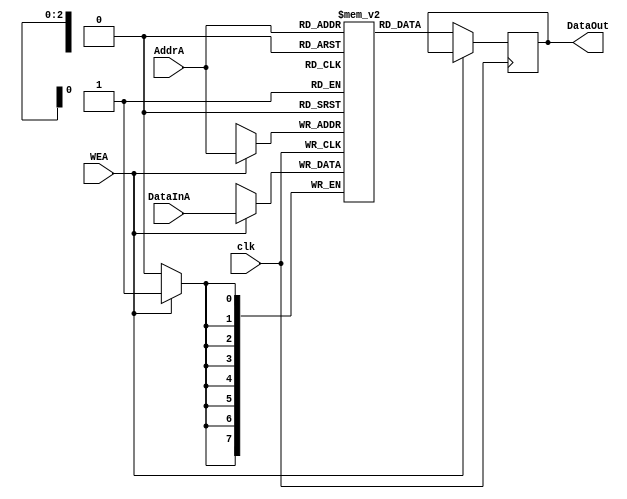
module MemoryA(clk,AddrA,WEA,DataInA,DataOut);

input [2:0] AddrA;
input WEA,clk;
input [7:0] DataInA;
output [7:0] DataOut;
reg [7:0] DataOut;
reg [7:0] MemBank [7:0]; 

always@(posedge clk)
begin
   if(WEA)
   begin
	MemBank[AddrA] <= DataInA;
   end
   else if(!WEA)
   begin
	
	DataOut <= MemBank[AddrA];
   end
end
endmodule